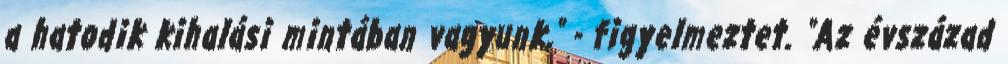
a hatodik kihalási mintában vagyunk," - figyelmeztet. "Az évszázad